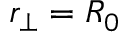
r _ { \perp } = R _ { 0 }